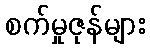
စက်မှုဇုန်များ